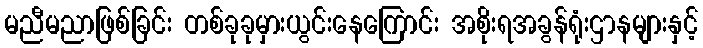
မညီမညာဖြစ်ခြင်း တစ်ခုခုမှားယွင်းနေကြောင်း အစိုးရအခွန်ရုံးဌာနများနှင့်